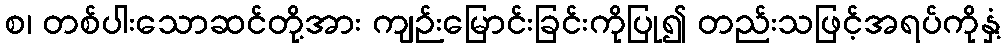
စ၊ တစ်ပါးသောဆင်တို့အား ကျဉ်းမြောင်းခြင်းကိုပြု၍ တည်းသဖြင့်အရပ်ကိုနှံ့